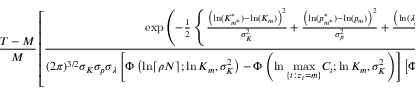
\frac { T - M } { M } \left[ \frac { \exp \left( - \frac { 1 } { 2 } \left\{ \frac { \left( \ln ( K _ { m ^ { * } } ^ { * } ) - \ln ( K _ { m } ) \right) ^ { 2 } } { \sigma _ { K } ^ { 2 } } + \frac { \left( \ln ( p _ { m ^ { * } } ^ { * } ) - \ln ( p _ { m } ) \right) ^ { 2 } } { \sigma _ { p } ^ { 2 } } + \frac { \left( \ln ( \lambda _ { m ^ { * } } ^ { * } ) - \ln ( \lambda _ { m } ) \right) ^ { 2 } } { \sigma _ { \lambda } ^ { 2 } } \right\} \right) } { ( 2 \pi ) ^ { 3 / 2 } \sigma _ { K } \sigma _ { p } \sigma _ { \lambda } \left[ \Phi \left( \ln \lceil \rho N \rceil ; \ln K _ { m } , \sigma _ { K } ^ { 2 } \right) - \Phi \left( \ln \underset { \{ t : z _ { t } = m \} } { \operatorname* { m a x } } C _ { t } ; \ln K _ { m } , \sigma _ { K } ^ { 2 } \right) \right] \left[ \Phi \left( 0 ; \ln p _ { m } , \sigma _ { p } ^ { 2 } \right) - \Phi \left( - \infty ; \ln p _ { m } , \sigma _ { p } ^ { 2 } \right) \right] } \right] ^ { - 1 }